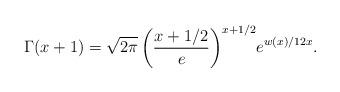
LaTeX: \begin{align*}\Gamma(x+1) =\sqrt{2\pi}\,\biggl(\frac{x+1/2}{e}\biggr)^{x+1/2}e^{w(x)/12x}.\end{align*}